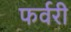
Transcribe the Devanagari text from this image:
फर्वरी